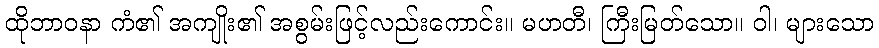
ထိုဘာဝနာ ကံ၏ အကျိုး၏ အစွမ်းဖြင့်လည်းကောင်း။ မဟတီ၊ ကြီးမြတ်သော။ ဝါ၊ များသော